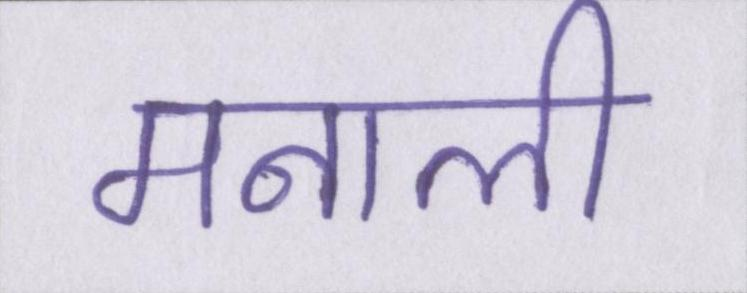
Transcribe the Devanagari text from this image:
मनाली